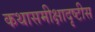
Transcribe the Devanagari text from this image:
कथासमीक्षादृष्टीस